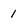
Character: 1